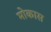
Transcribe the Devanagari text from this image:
मोकास